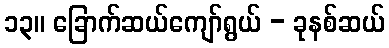
၁၃။ ခြောက်ဆယ်ကျော်ရွယ် - ခုနစ်ဆယ်